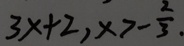
3 x + 2 , x > - \frac { 2 } { 3 } ,